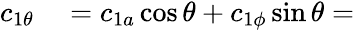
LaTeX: \begin{array}{rl}{c_{1\theta}}&{{}=c_{1a}\cos\theta+c_{1\phi}\sin\theta=}\end{array}